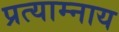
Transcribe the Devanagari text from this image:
प्रत्याम्नाय